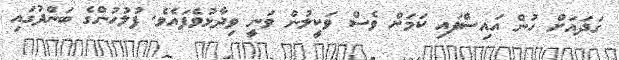
ގަދައަށް ހުން އައިސްފައި ކަމަށް ވެސް ވަކީލުން ވަނީ ވިދާޅުވެފައެވެ. ފުލުހުންގެ ބަންދުގައި